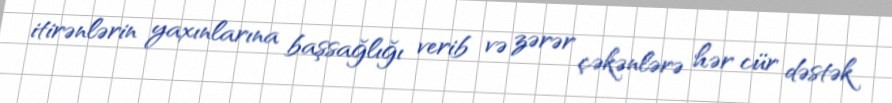
itirənlərin yaxınlarına başsağlığı verib və zərər çəkənlərə hər cür dəstək